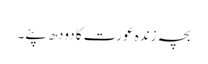
بچہ زندہ عورت کا دودھ پئے۔